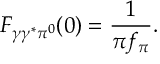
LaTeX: F _ { \gamma \gamma ^ { * } \pi ^ { 0 } } ( 0 ) = \frac 1 { \pi f _ { \pi } } .